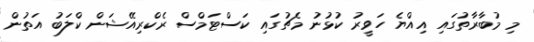
މި މުބާރާތުގައި އިއްޔެ ހަވީރު ކުޅުނު މެޗުގައި ކަސްޓަމްސް ރެކްރިއޭޝަން ކްލަބު އަތުން